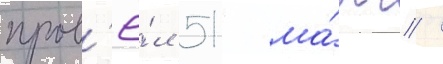
пров'ё́л 51 ма́тч /